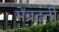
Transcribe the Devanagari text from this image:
मेंबढ़ती